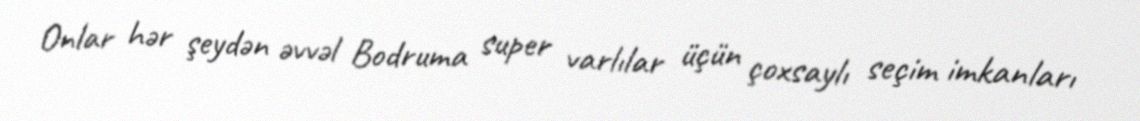
Onlar hər şeydən əvvəl Bodruma super varlılar üçün çoxsaylı seçim imkanları